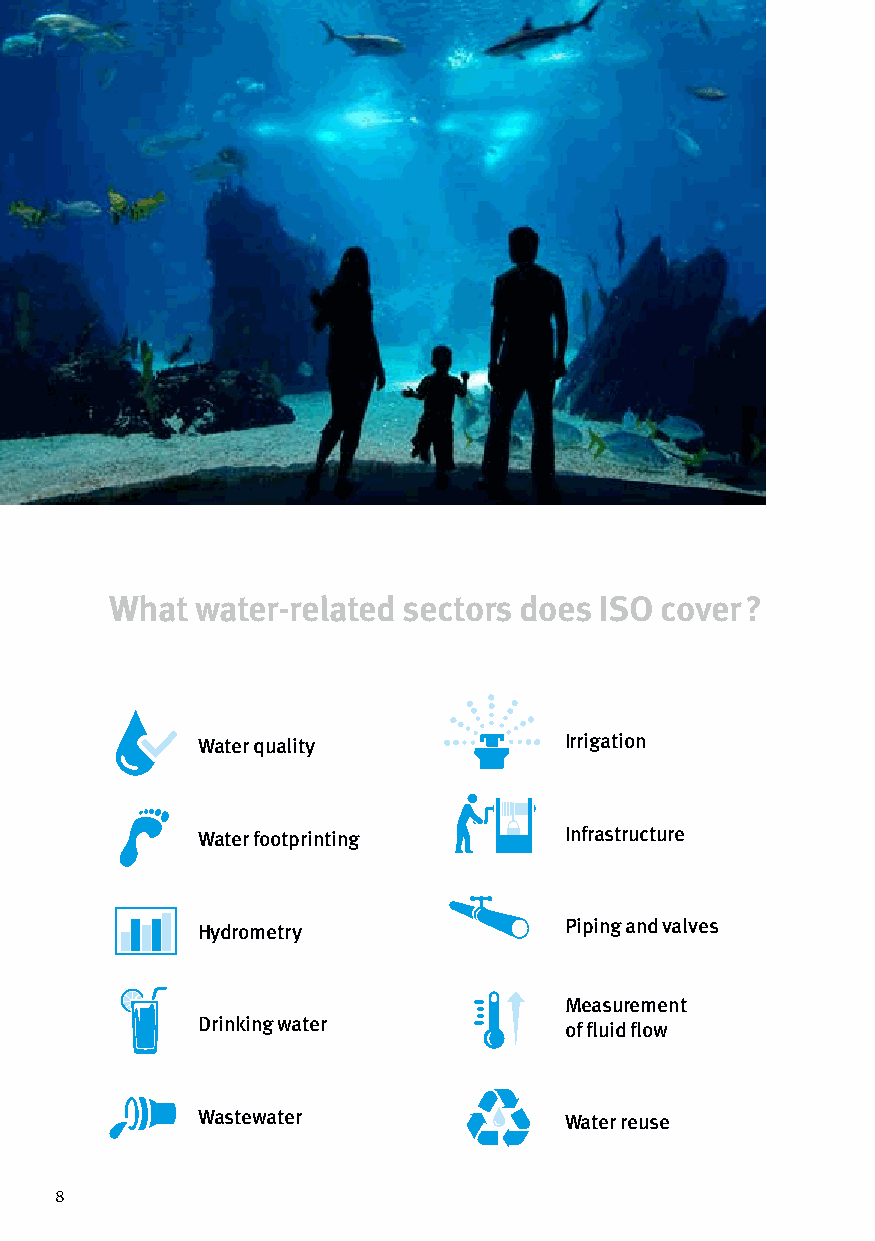
What  water-related sectors does ISO cover ?
 Water quality           Irrigation
 Water footprinting      Infrastructure
 Hydrometry              Piping and valves
 Measurement
 Drinking water          of fluid flow
 Wastewater              Water reuse
 8